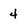
Character: 4